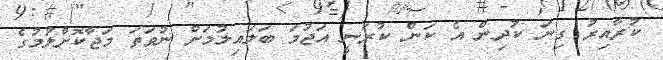
ކުރާއިރު ގިނަ ކުދިން އެ ކަން ކުރަނީ އަޖުމަ ބަލައިލުމަށް ނުވަތަ މަޖާކޮށްލުމުގެ